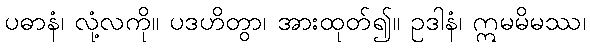
ပဓာနံ၊ လုံ့လကို။ ပဒဟိတွာ၊ အားထုတ်၍။ ဥဒါနံ၊ ဣမမိမဿ၊